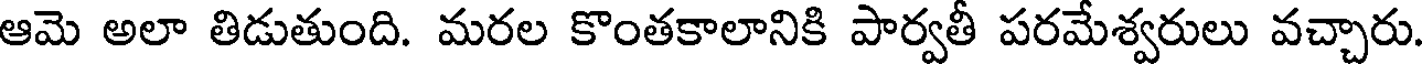
ఆమె అలా తిడుతుంది. మరల కొంతకాలానికి పార్వతీ పరమేశ్వరులు వచ్చారు